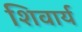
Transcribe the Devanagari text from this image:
शिवार्य